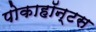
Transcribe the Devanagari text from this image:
पोकाहॉन्टस